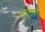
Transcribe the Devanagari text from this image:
चोलाइन